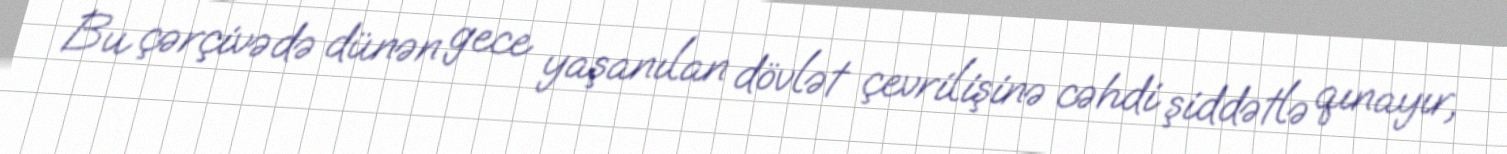
Bu çərçivədə dünən gece yaşanılan dövlət çevrilişinə cəhdi şiddətlə qınayır,